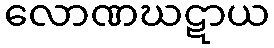
လောဏဃဋာယ